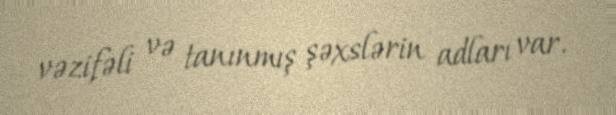
vəzifəli və tanınmış şəxslərin adları var.